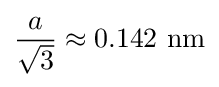
{\frac {a}{\sqrt {3}}}\approx 0.142\ {\text{nm}}